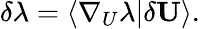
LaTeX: \delta\lambda=\langle\nabla_{U}\lambda|\delta\mathbf{U}\rangle.